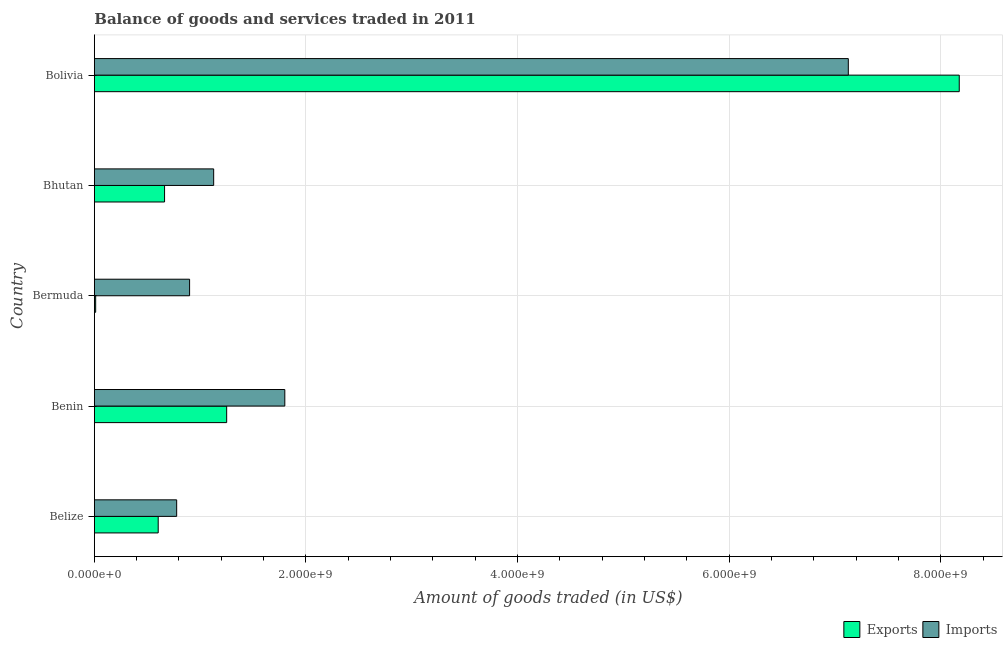
| Country | Exports | Imports |
 | --- | --- | --- |
 | Belize | 6.04e+08 | 7.78e+08 |
 | Benin | 1.25e+09 | 1.8e+09 |
 | Bermuda | 1.26e+07 | 9e+08 |
 | Bhutan | 6.64e+08 | 1.13e+09 |
 | Bolivia | 8.17e+09 | 7.13e+09 |